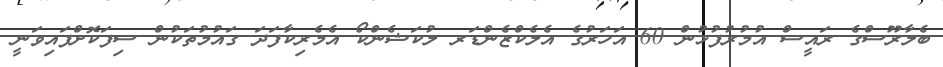
ބެލާރޫސްގެ ރައީސް އުމުރުފުޅުން 60 އަހަރުގެ އެލެކްޒެންޑަރ ލުކަޝެންކޯ އެމެރިކާފަދަ ގައުމުތަކުން ސިފަކޮށްފައިވަނީ